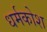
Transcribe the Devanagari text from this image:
धर्मकोश